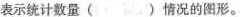
表示统计数量( )情况的图形。